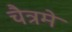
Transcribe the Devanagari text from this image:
चैत्रमे